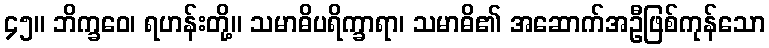
၄၅။ ဘိက္ခဝေ၊ ရဟန်းတို့။ သမာဓိပရိက္ခာရာ၊ သမာဓိ၏ အဆောက်အဦဖြစ်ကုန်သော